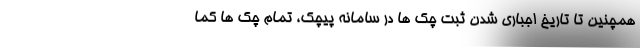
همچنین تا تاریخ اجباری شدن ثبت چک ها در سامانه پیچک، تمام چک ها کما